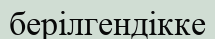
берілгендікке